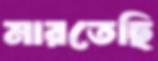
মারতেছি